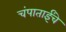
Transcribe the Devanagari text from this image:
चंपाताईंचे